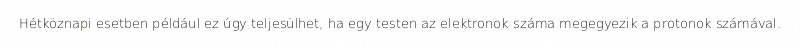
Hétköznapi esetben például ez úgy teljesülhet, ha egy testen az elektronok száma megegyezik a protonok számával.